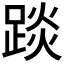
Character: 𨁹